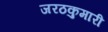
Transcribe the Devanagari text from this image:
जरठकुमारी